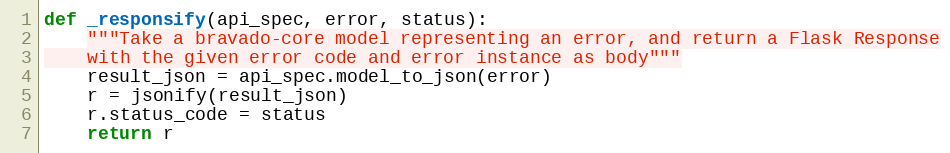
Language: Python
def _responsify(api_spec, error, status):
    """Take a bravado-core model representing an error, and return a Flask Response
    with the given error code and error instance as body"""
    result_json = api_spec.model_to_json(error)
    r = jsonify(result_json)
    r.status_code = status
    return r